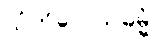
သံကိလေသဓမ္မံ